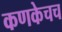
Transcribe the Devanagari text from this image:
कणकेचच